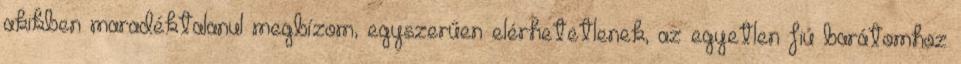
akikben maradéktalanul megbízom, egyszerűen elérhetetlenek, az egyetlen fiú barátomhoz